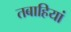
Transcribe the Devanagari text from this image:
तबाहियां